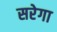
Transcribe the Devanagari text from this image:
सरेगा